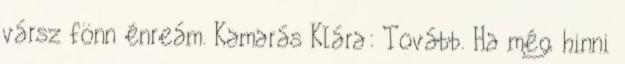
vársz fönn énreám. Kamarás Klára: Tovább. Ha még hinni